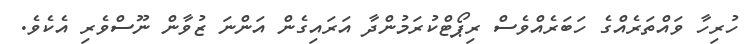
ހުރިހާ ވައްތަރެއްގެ ހަބަރެއްވެސް ރިޕޯޓްކުރަމުންދާ އަރައިގެން އަންނަ ޒުވާން ނޫސްވެރި އެކެވެ.